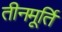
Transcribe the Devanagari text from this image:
तीनमूर्ति